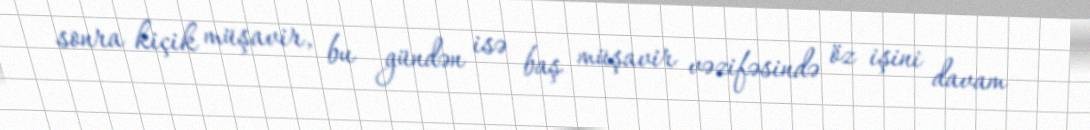
sonra kiçik müşavir, bu gündən isə baş müşavir vəzifəsində öz işini davam